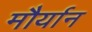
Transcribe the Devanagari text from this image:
मौर्यान